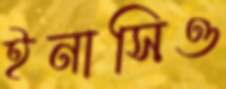
ইনাসিও